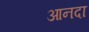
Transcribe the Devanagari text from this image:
आनदा